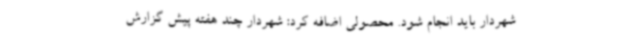
شهردار باید انجام شود. محصولی اضافه کرد: شهردار چند هفته پیش گزارش